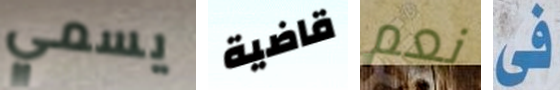
يسمي قاضية نعم فى